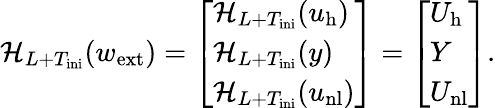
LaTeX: \mathcal{H}_{L+T_{\mathrm{ini}}}(w_{\mathrm{ext}})=\left[\begin{array}{l}{\mathcal{H}_{L+T_{\mathrm{ini}}}(u_{\mathrm{h}})}\\ {\mathcal{H}_{L+T_{\mathrm{ini}}}(y)}\\ {\mathcal{H}_{L+T_{\mathrm{ini}}}(u_{\mathrm{nl}})}\end{array}\right]=\left[\begin{array}{l}{U_{\mathrm{h}}}\\ {Y}\\ {U_{\mathrm{nl}}}\end{array}\right].